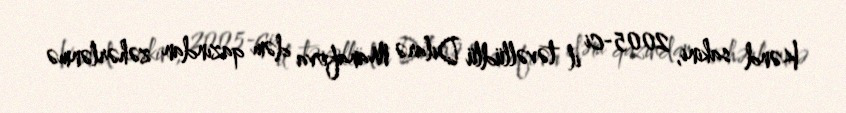
Kənd sakini, 2005-ci il təvəllüdlü Dilarə Manafova dəm qazından zəhərlənmə